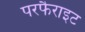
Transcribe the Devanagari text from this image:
परफैराइट